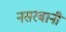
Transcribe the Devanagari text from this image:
नसरबानी